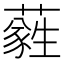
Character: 𦿮